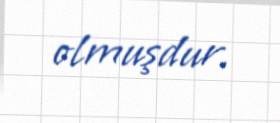
olmuşdur.